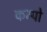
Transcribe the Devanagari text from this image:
कम्पो